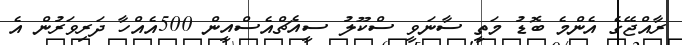
ރާއްޖޭގެ އެންމެ ބޮޑު މަތީ ސާނަވީ ސްކޫލު ސީއެޗްއެސްއީން 500އެއްހާ ދަރިވަރުން އެ